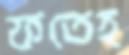
ফতেহ